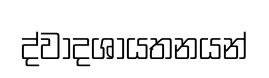
ද්වාදශායතනයන්